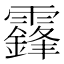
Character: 𩆨